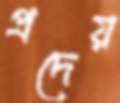
প্রদেয়